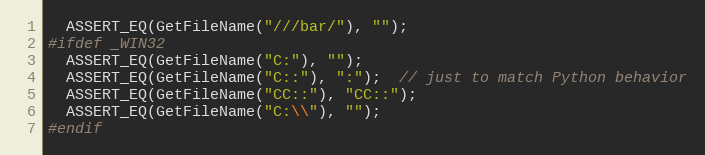
Language: C++
  ASSERT_EQ(GetFileName("///bar/"), "");
#ifdef _WIN32
  ASSERT_EQ(GetFileName("C:"), "");
  ASSERT_EQ(GetFileName("C::"), ":");  // just to match Python behavior
  ASSERT_EQ(GetFileName("CC::"), "CC::");
  ASSERT_EQ(GetFileName("C:\\"), "");
#endif